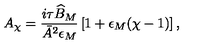
A _ { \chi } = \frac { i \tau \widehat { B } _ { M } } { \bar { A } ^ { 2 } \epsilon _ { M } } \left[ 1 + \epsilon _ { M } ( \chi - 1 ) \right] ,